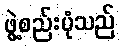
ဖွဲ့စည်းပုံသည်